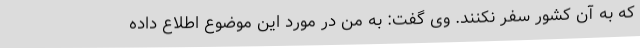
که به آن کشور سفر نکنند. وی گفت: به من در مورد این موضوع اطلاع داده